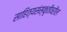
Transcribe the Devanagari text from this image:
साहित्यसंस्कृतीवरील